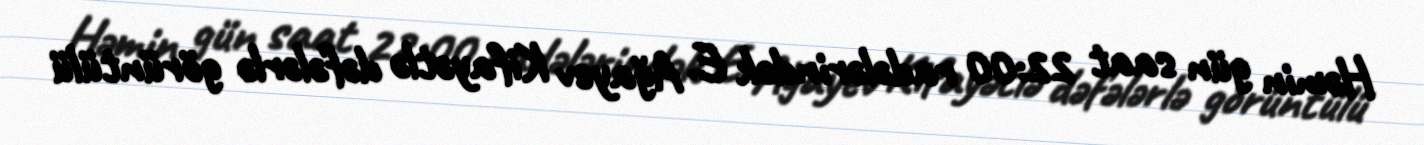
Həmin gün saat 22:00 radələrindək E. Ağayev Kifayətlə dəfələrlə görüntülü